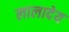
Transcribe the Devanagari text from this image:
लालादेय